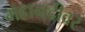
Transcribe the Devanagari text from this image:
महानदीवर